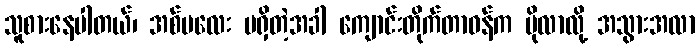
သူစားနေပါတယ်၊ အစ်မလေး မရှိတဲ့အခါ ကျောင်းတိုက်တာဝန်က ပိုလာလို့ အသွားအလာ